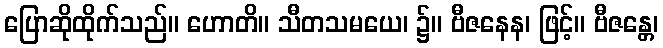
ပြောဆိုထိုက်သည်။ ဟောတိ။ သီတသမယေ၊ ၌။ ဗီဇနေန၊ ဖြင့်။ ဗီဇန္တေ၊